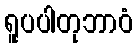
ရူပပါတုဘာဝံ